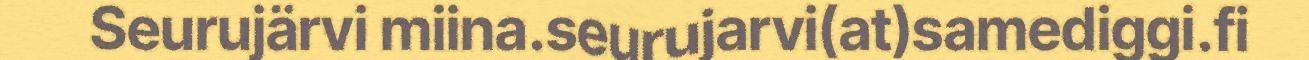
Seurujärvi miina.seurujarvi(at)samediggi.fi